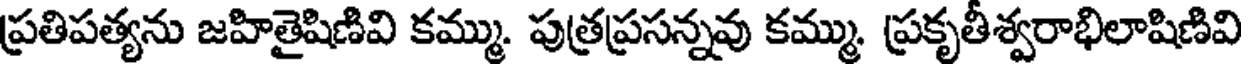
ప్రతిపత్యను జహితైషిణివి కమ్ము. పుత్రప్రసన్నవు కమ్ము. ప్రకృతీశ్వరాభిలాషిణివి